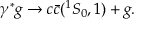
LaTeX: \gamma ^ { * } g \rightarrow c \bar { c } ( { } ^ { 1 } S _ { 0 } , \b { 1 } ) + g .